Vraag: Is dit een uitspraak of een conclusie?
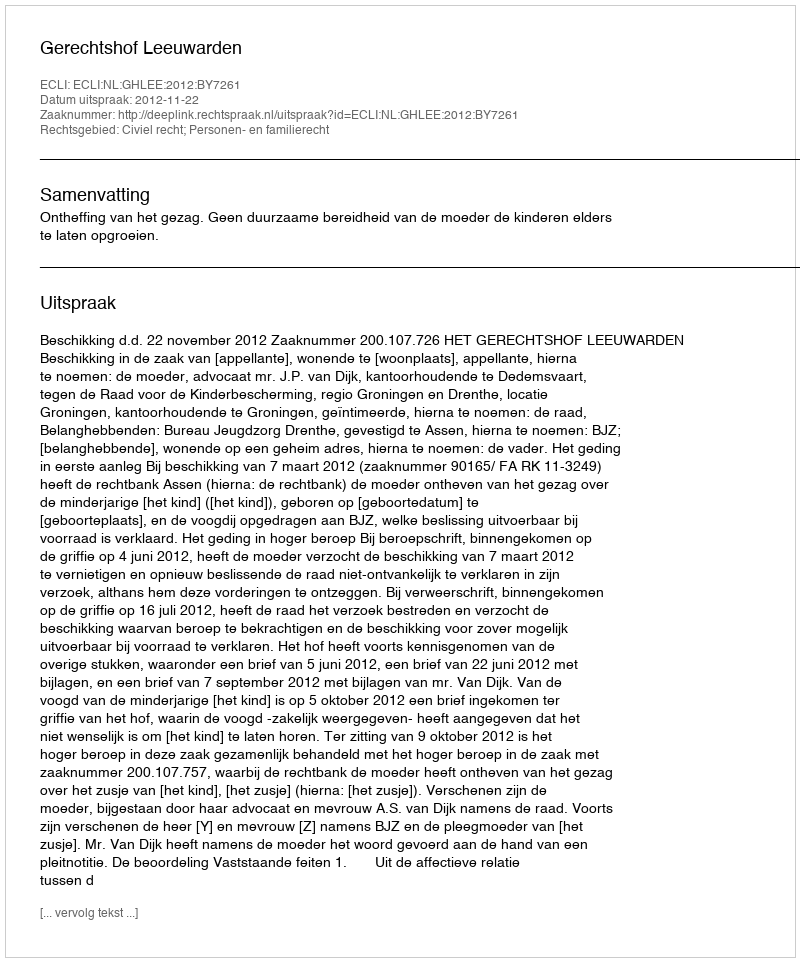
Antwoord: Uitspraak